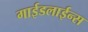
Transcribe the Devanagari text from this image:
गाईडलाईन्स